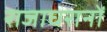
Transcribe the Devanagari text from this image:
राजाघरानों